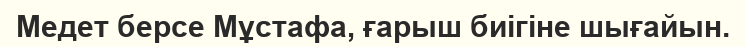
Медет берсе Мұстафа, ғарыш биігіне шығайын.